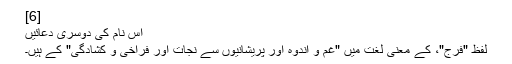
[6]
اس نام کی دوسری دعائیں
لفظ "فَرَج"، کے معنی لغت میں "غم و اندوہ اور پریشانیوں سے نجات اور فراخی و کشادگی" کے ہیں۔